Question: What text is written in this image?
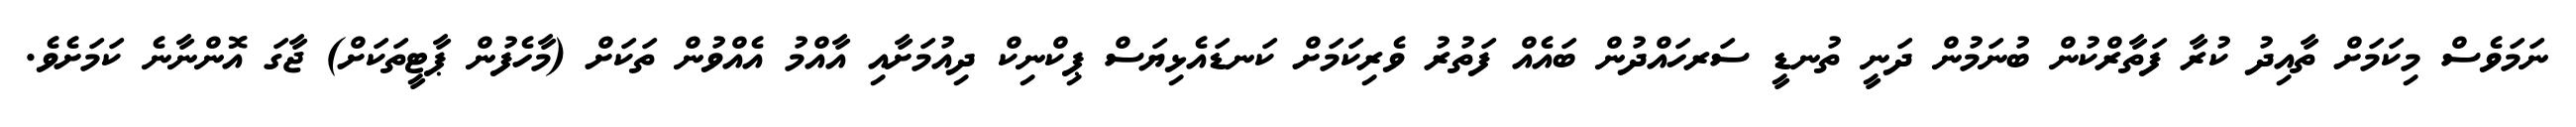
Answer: ނަމަވެސް މިކަމަށް ތާއިދު ކުރާ ފަތާރްކުން ބުނަމުން ދަނީ ތުނޑީ ސަރހައްދުން ބައެއް ފަތުރު ވެރިކަމަށް ކަނޑައެޅިޔަސް ޕިކްނިކް ދިއުމަށާއި އާއްމު އެއްވުން ތަކަށް (މާހެފުން ޕާޓީތަކަށް) ޖާގަ އޮންނާނެ ކަމަށެވެ.